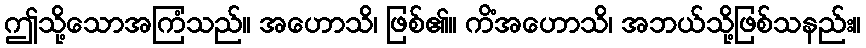
ဤသို့သောအကြံသည်။ အဟောသိ၊ ဖြစ်၏။ ကိံအဟောသိ၊ အဘယ်သို့ဖြစ်သနည်း။